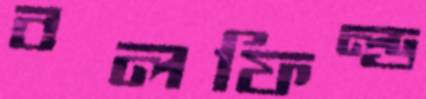
বলফিল্ড